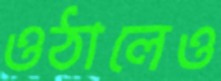
ওঠালেও